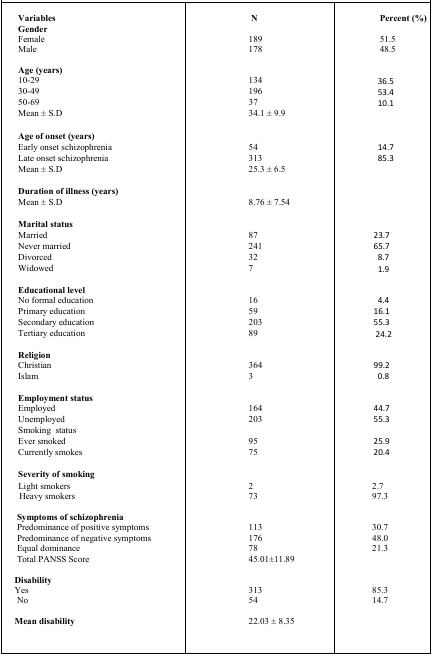
<table><thead><tr><td><b>Variables</b></td><td><b>N</b></td><td><b>Percent (%)</b></td></tr></thead><tbody><tr><td><b>Gender</b></td><td></td><td></td></tr><tr><td>Female</td><td>189</td><td>51.5</td></tr><tr><td>Male</td><td>178</td><td>48.5</td></tr><tr><td> </td><td></td><td></td></tr><tr><td><b>Age (years)</b></td><td></td><td></td></tr><tr><td>10–29</td><td>134</td><td>36.5</td></tr><tr><td>30–49</td><td>196</td><td>53.4</td></tr><tr><td>50–69</td><td>37</td><td>10.1</td></tr><tr><td>Mean ± S.D</td><td>34.1 ± 9.9</td><td></td></tr><tr><td> </td><td></td><td></td></tr><tr><td><b>Age of onset (years)</b></td><td></td><td></td></tr><tr><td>Early onset schizophrenia</td><td>54</td><td>14.7</td></tr><tr><td>Late onset schizophrenia</td><td>313</td><td>85.3</td></tr><tr><td>Mean ± S.D</td><td>25.3 ± 6.5</td><td></td></tr><tr><td> </td><td></td><td></td></tr><tr><td><b>Duration of illness (years)</b></td><td></td><td></td></tr><tr><td>Mean ± S.D</td><td>8.76 ± 7.54</td><td></td></tr><tr><td> </td><td></td><td></td></tr><tr><td><b>Marital status</b></td><td></td><td></td></tr><tr><td>Married</td><td>87</td><td>23.7</td></tr><tr><td>Never married</td><td>241</td><td>65.7</td></tr><tr><td>Divorced</td><td>32</td><td>8.7</td></tr><tr><td>Widowed</td><td>7</td><td>1.9</td></tr><tr><td> </td><td></td><td></td></tr><tr><td><b>Educational level</b></td><td></td><td></td></tr><tr><td>No formal education</td><td>16</td><td>4.4</td></tr><tr><td>Primary education</td><td>59</td><td>16.1</td></tr><tr><td>Secondary education</td><td>203</td><td>55.3</td></tr><tr><td>Tertiary education</td><td>89</td><td>24.2</td></tr><tr><td> </td><td></td><td></td></tr><tr><td><b>Religion</b></td><td></td><td></td></tr><tr><td>Christian</td><td>364</td><td>99.2</td></tr><tr><td>Islam</td><td>3</td><td>0.8</td></tr><tr><td> </td><td></td><td></td></tr><tr><td><b>Employment status</b></td><td></td><td></td></tr><tr><td>Employed</td><td>164</td><td>44.7</td></tr><tr><td>Unemployed</td><td>203</td><td>55.3</td></tr><tr><td>Smoking status</td><td></td><td></td></tr><tr><td>Ever smoked</td><td>95</td><td>25.9</td></tr><tr><td>Currently smokes</td><td>75</td><td>20.4</td></tr><tr><td> </td><td></td><td></td></tr><tr><td><b>Severity of smoking</b></td><td></td><td></td></tr><tr><td>Light smokers</td><td>2</td><td>2.7</td></tr><tr><td>Heavy smokers</td><td>73</td><td>97.3</td></tr><tr><td> </td><td></td><td></td></tr><tr><td><b>Symptoms of schizophrenia</b></td><td></td><td></td></tr><tr><td>Predominance of positive symptoms</td><td>113</td><td>30.7</td></tr><tr><td>Predominance of negative symptoms</td><td>176</td><td>48.0</td></tr><tr><td>Equal dominance</td><td>78</td><td>21.3</td></tr><tr><td>Total PANSS Score</td><td>45.01±11.89</td><td></td></tr><tr><td> </td><td></td><td></td></tr><tr><td><b>Disability</b></td><td></td><td></td></tr><tr><td>Yes</td><td>313</td><td>85.3</td></tr><tr><td>No</td><td>54</td><td>14.7</td></tr><tr><td> </td><td></td><td></td></tr><tr><td><b>Mean disability</b></td><td>22.03 ± 8.35</td><td></td></tr></tbody></table>